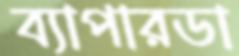
ব্যাপারডা